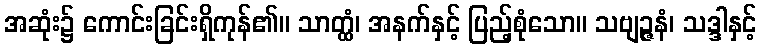
အဆုံး၌ ကောင်းခြင်းရှိကုန်၏။ သာတ္ထံ၊ အနက်နှင့် ပြည့်စုံသော။ သဗျဉ္ဇနံ၊ သဒ္ဒါနှင့်